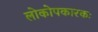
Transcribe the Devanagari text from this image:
लोकोपकारकः